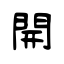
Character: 開